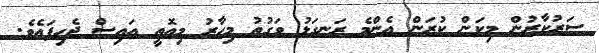
ސަރުކާރުން މިކަން ކުރަން އެންމެ ރަނގަޅު ވަގުތު މިހާރު މިއޮތީ އައިސް ޖެހިފައެެވެ.